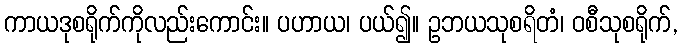
ကာယဒုစရိုက်ကိုလည်းကောင်း။ ပဟာယ၊ ပယ်၍။ ဥဘယသုစရိတံ၊ ဝစီသုစရိုက်,